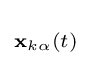
\scriptstyle \mathbf {x} _{k\alpha }(t)